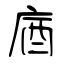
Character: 庮